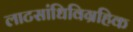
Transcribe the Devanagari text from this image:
लाटसांधिविग्रहिक